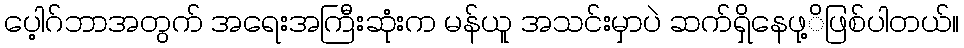
ပေ့ါဂ်ဘာအတွက် အရေးအကြီးဆုံးက မန်ယူ အသင်းမှာပဲ ဆက်ရှိနေဖု့ိဖြစ်ပါတယ်။